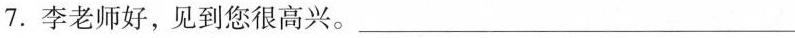
7.李老师好，见到您很高兴。__________________________